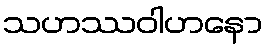
သဟဿဝါဟနော